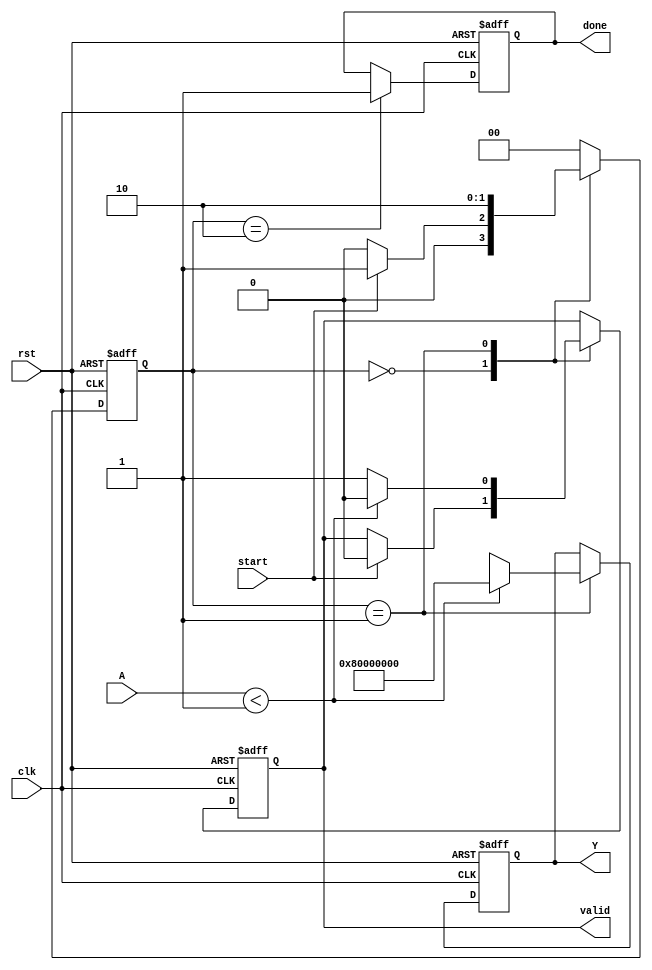
module acosh (
    input wire clk,
    input wire rst,
    input wire start,
    input wire [N-1:0] A, // Input Data
    output reg [M-1:0] Y, // Output Data
    output reg valid, // Valid Signal
    output reg done // Done Signal
);
    parameter N = 32; // Input width
    parameter M = 32; // Output width

    localparam IDLE = 2'b00,
               COMPUTING = 2'b01,
               DONE = 2'b10;

    reg [1:0] state, next_state;

    // Internal signals for calculations
    wire [N-1:0] sqrtA2_1;
    wire [N-1:0] lnInput;

    // Assume sqrt and ln functions are instantiated here
    // For example:
    // sqrt sqrt_inst( .A(A*A - 32'h1), .Y(sqrtA2_1) ); // A*A - 1
    // ln ln_inst( .A(A + sqrtA2_1), .Y(lnInput) ); // ln(A + (A^2 - 1))

    // State machine
    always @ (posedge clk or posedge rst) begin
        if (rst) begin
            state <= IDLE;
            valid <= 0;
            done <= 0;
            Y <= 0;
        end else begin
            state <= next_state;

            // Output handling based on state
            case (state)
                IDLE: begin
                    if (start) begin
                        valid <= 0;
                    end
                end
                
                COMPUTING: begin
                    // Trigger computation and check input validation
                    if (A < 32'h00000001) begin
                        Y <= 32'h80000000; // Assign an error or default value
                        valid <= 0;
                    end else begin
                        // Trigger ln and sqrt calculations (assuming blocking for simplicity)
                        // The actual implementation should depend on how you compute these values
                        Y <= lnInput; // This is a simplification
                        valid <= 1;
                    end
                end
                
                DONE: begin
                    done <= 1; // Signal computation done
                end
            endcase
        end
    end

    // Next-state logic
    always @ (*) begin
        case (state)
            IDLE: begin
                if (start) begin
                    next_state = COMPUTING;
                end else begin
                    next_state = IDLE;
                end
            end
            
            COMPUTING: begin
                next_state = DONE;
            end
            
            DONE: begin
                next_state = IDLE; // Prepare for next computation
            end
            
            default: begin
                next_state = IDLE;
            end
        endcase
    end
    
    // Additional logic and implementations for sqrt and ln can be defined or referenced here

endmodule